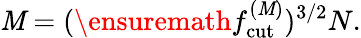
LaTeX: \mathit{M}=(\ensuremath{{f_{\mathrm{{cut}}}^{(\mathit{M})}}})^{3/2}N.